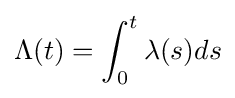
\Lambda (t)=\int _{0}^{t}\lambda (s)ds